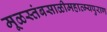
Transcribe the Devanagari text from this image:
मूळस्तंबसाळीमहात्म्यपुराण